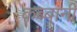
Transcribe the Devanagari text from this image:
कब्बानी